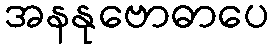
အနနုဗောဓာပေ